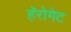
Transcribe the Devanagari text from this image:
हॅरोगेट